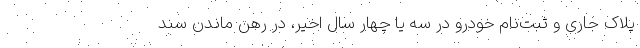
پلاک جاری و ثبت‌نام خودرو در سه یا چهار سال اخیر، در رهن ماندن سند